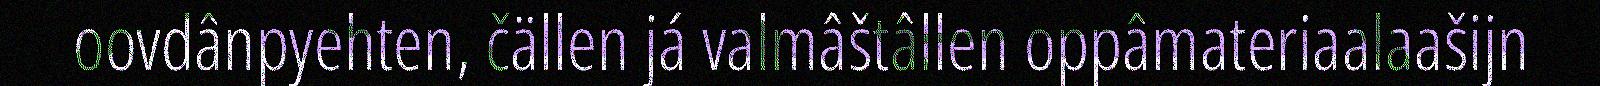
oovdânpyehten, čällen já valmâštâllen oppâmateriaalaašijn